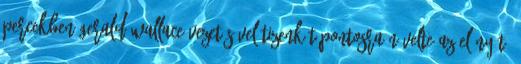
percekben Gerald Wallace vezetésével tizenkét pontosra növelte az előnyét,